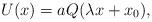
LaTeX: \begin{align*}U(x) = a Q(\lambda x + x_0),\end{align*}